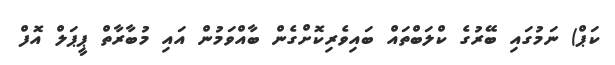
ކަޕް) ނަމުގައި ބޭރުގެ ކްލަބްތައް ބައިވެރިކޮށްގެން ބާއްވަމުން އައި މުބާރާތް ޕީޕަލް އޮފް